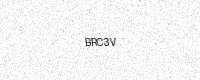
Text: BRC3V